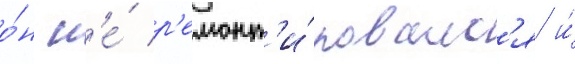
о́н н'е́ р'емонт'и́ровалс'я и́